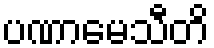
ပဏာမေသီတိ